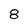
Character: 8